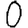
Digit: 0